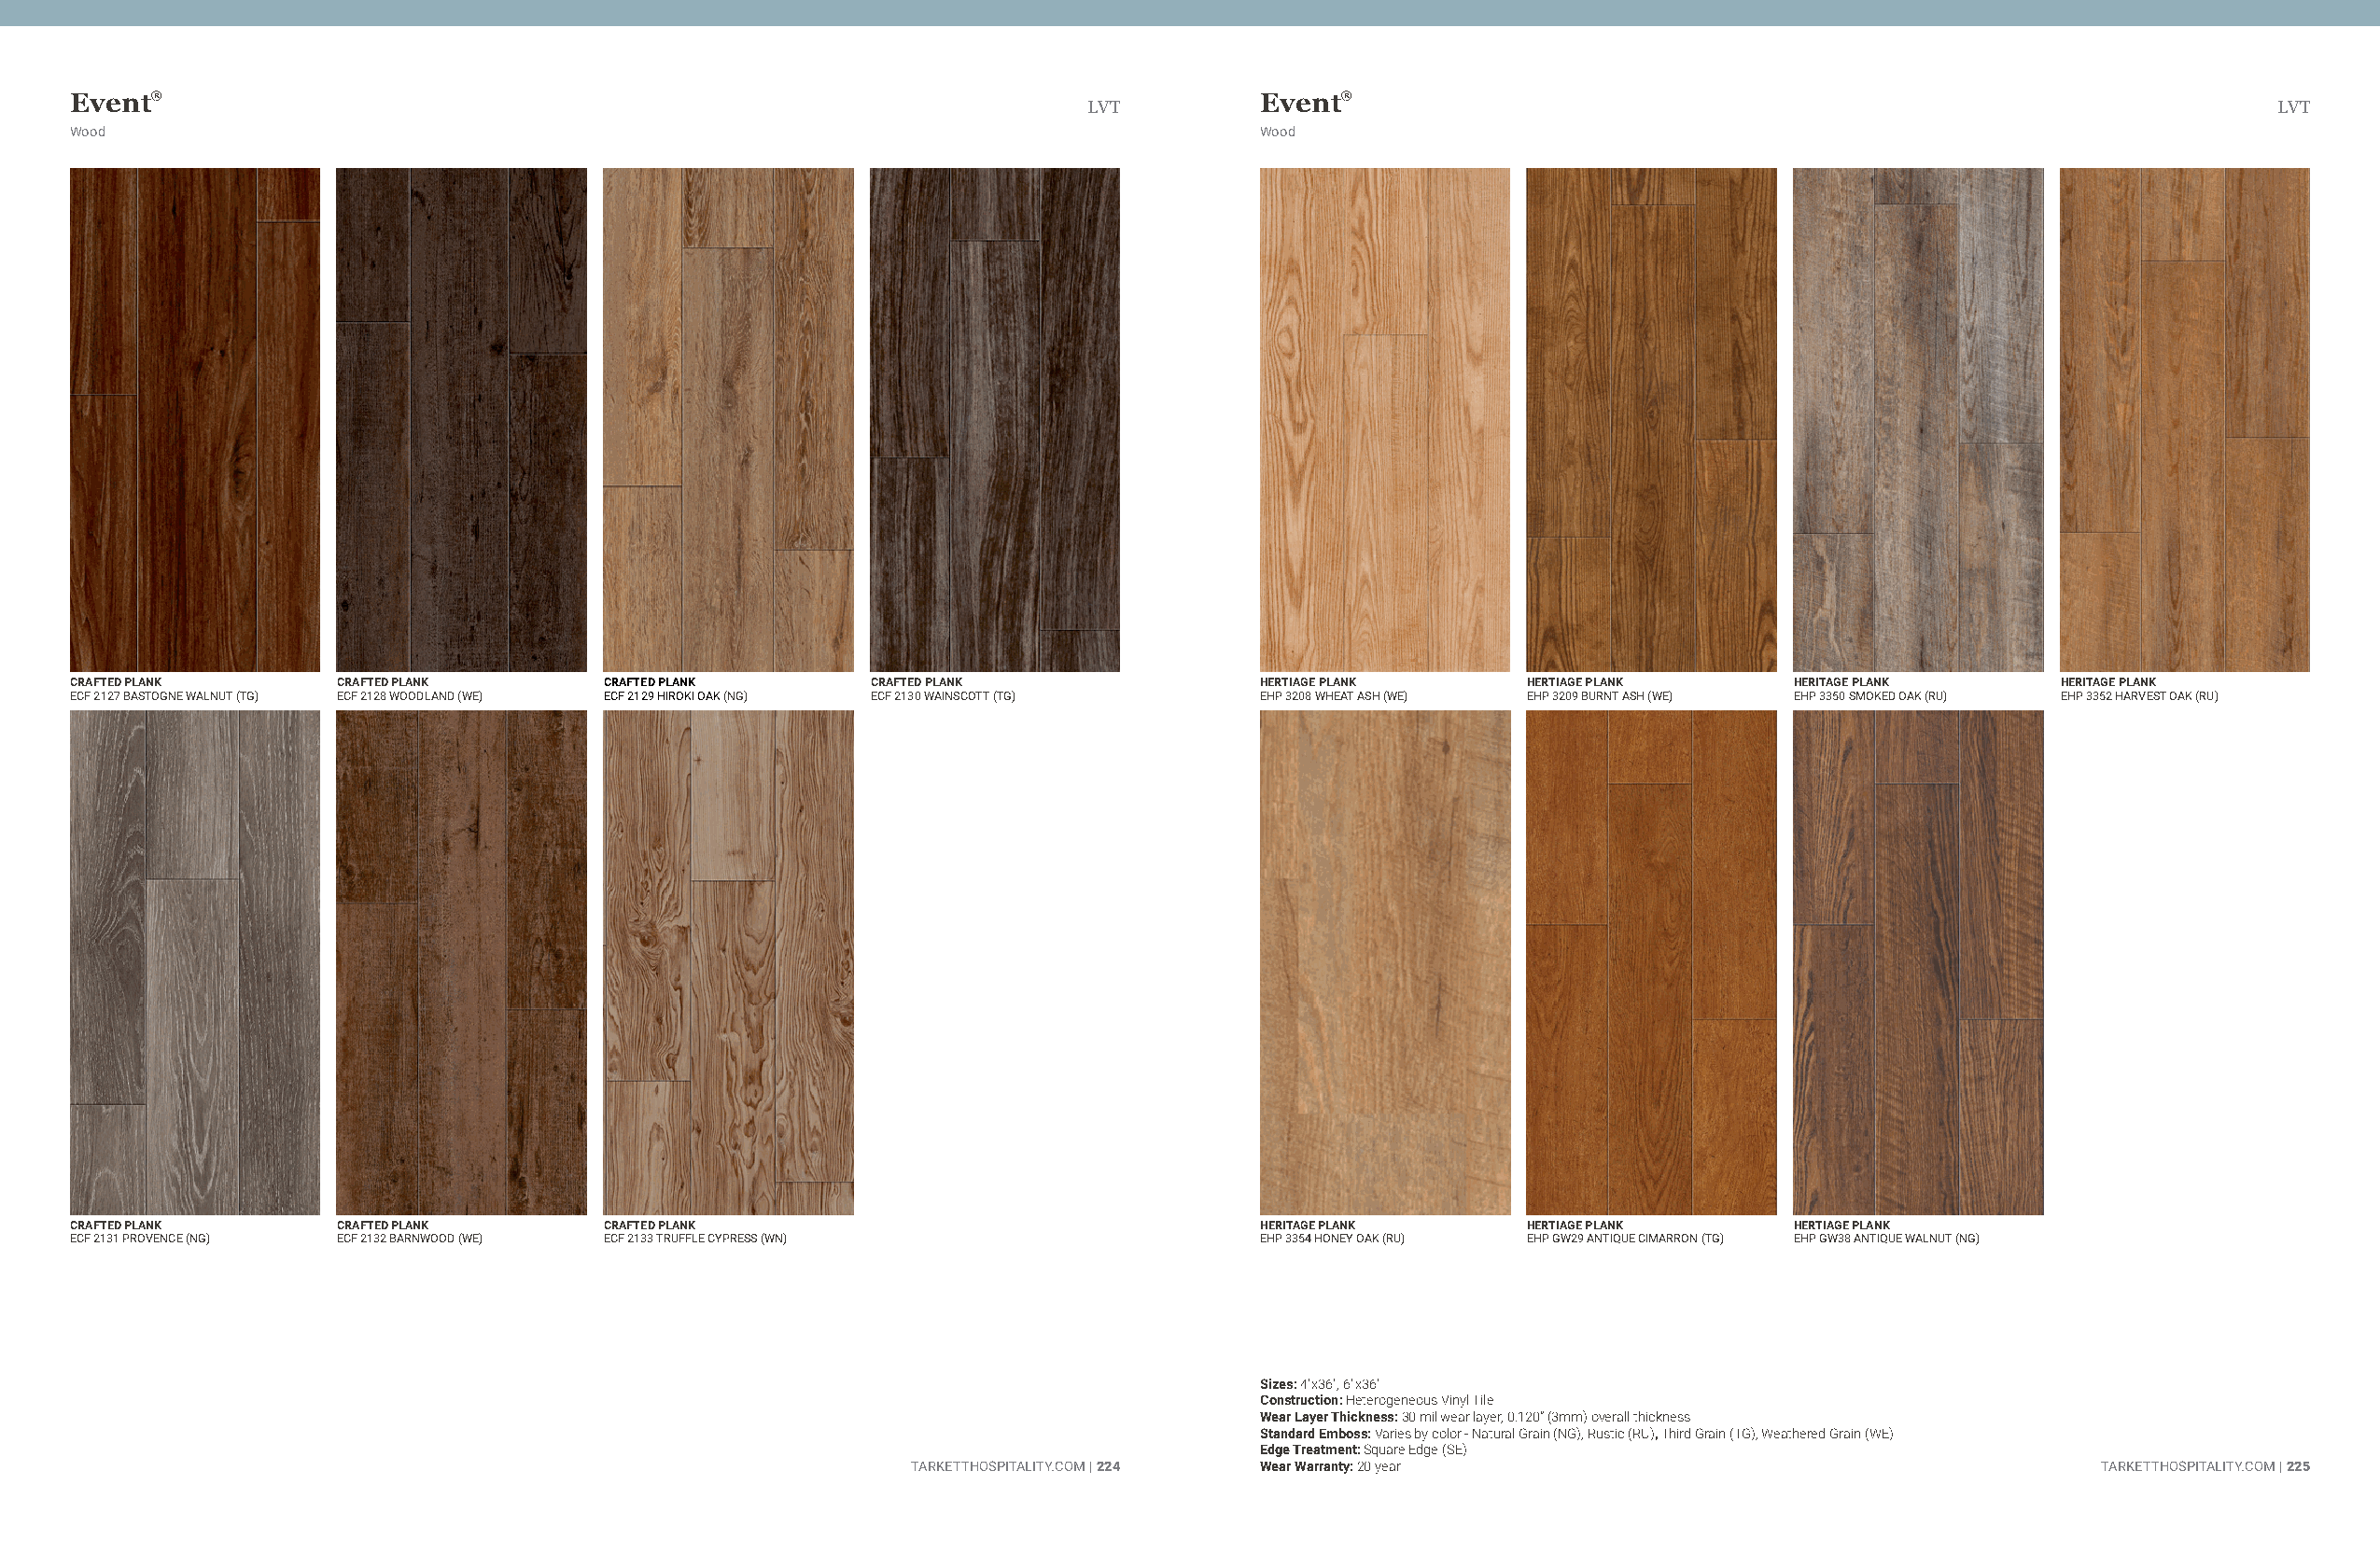
Event®                                                                              Event®
 LVT                                                                                  LVT
 Wood                                                                                Wood
 CRAFTED PLANK      CRAFTED PLANK      CRAFTED PLANK      CRAFTED PLANK              HERTIAGE PLANK     HERTIAGE PLANK     HERITAGE PLANK     HERITAGE PLANK
 ECF 2127 BASTOGNE WALNUT (TG) ECF 2128 WOODLAND (WE) ECF 2129 HIROKI OAK (NG) ECF 2130 WAINSCOTT (TG) EHP 3208 WHEAT ASH (WE) EHP 3209 BURNT ASH (WE) EHP 3350 SMOKED OAK (RU) EHP 3352 HARVEST OAK (RU)
 CRAFTED PLANK      CRAFTED PLANK      CRAFTED PLANK                                 HERITAGE PLANK     HERTIAGE PLANK     HERTIAGE PLANK
 ECF 2131 PROVENCE (NG) ECF 2132 BARNWOOD (WE) ECF 2133 TRUFFLE CYPRESS (WN)         EHP 3354 HONEY OAK (RU) EHP GW29 ANTIQUE CIMARRON (TG) EHP GW38 ANTIQUE WALNUT (NG)
 Sizes: 4"x36", 6"x36"
 Construction: Heterogeneous Vinyl Tile
 Wear Layer Thickness: 30 mil wear layer, 0.120” (3mm) overall thickness
 Standard Emboss: Varies by color - Natural Grain (NG), Rustic (RU), Third Grain (TG), Weathered Grain (WE)
 Edge Treatment: Square Edge (SE)
 TARKETTHOSPITALITY.COM | 224 Wear Warranty: 20 year                                 TARKETTHOSPITALITY.COM | 225